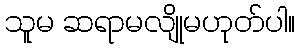
သူမ ဆရာမလျိုမဟုတ်ပါ။